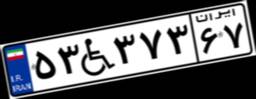
۵۳W۳۷۳۶۷